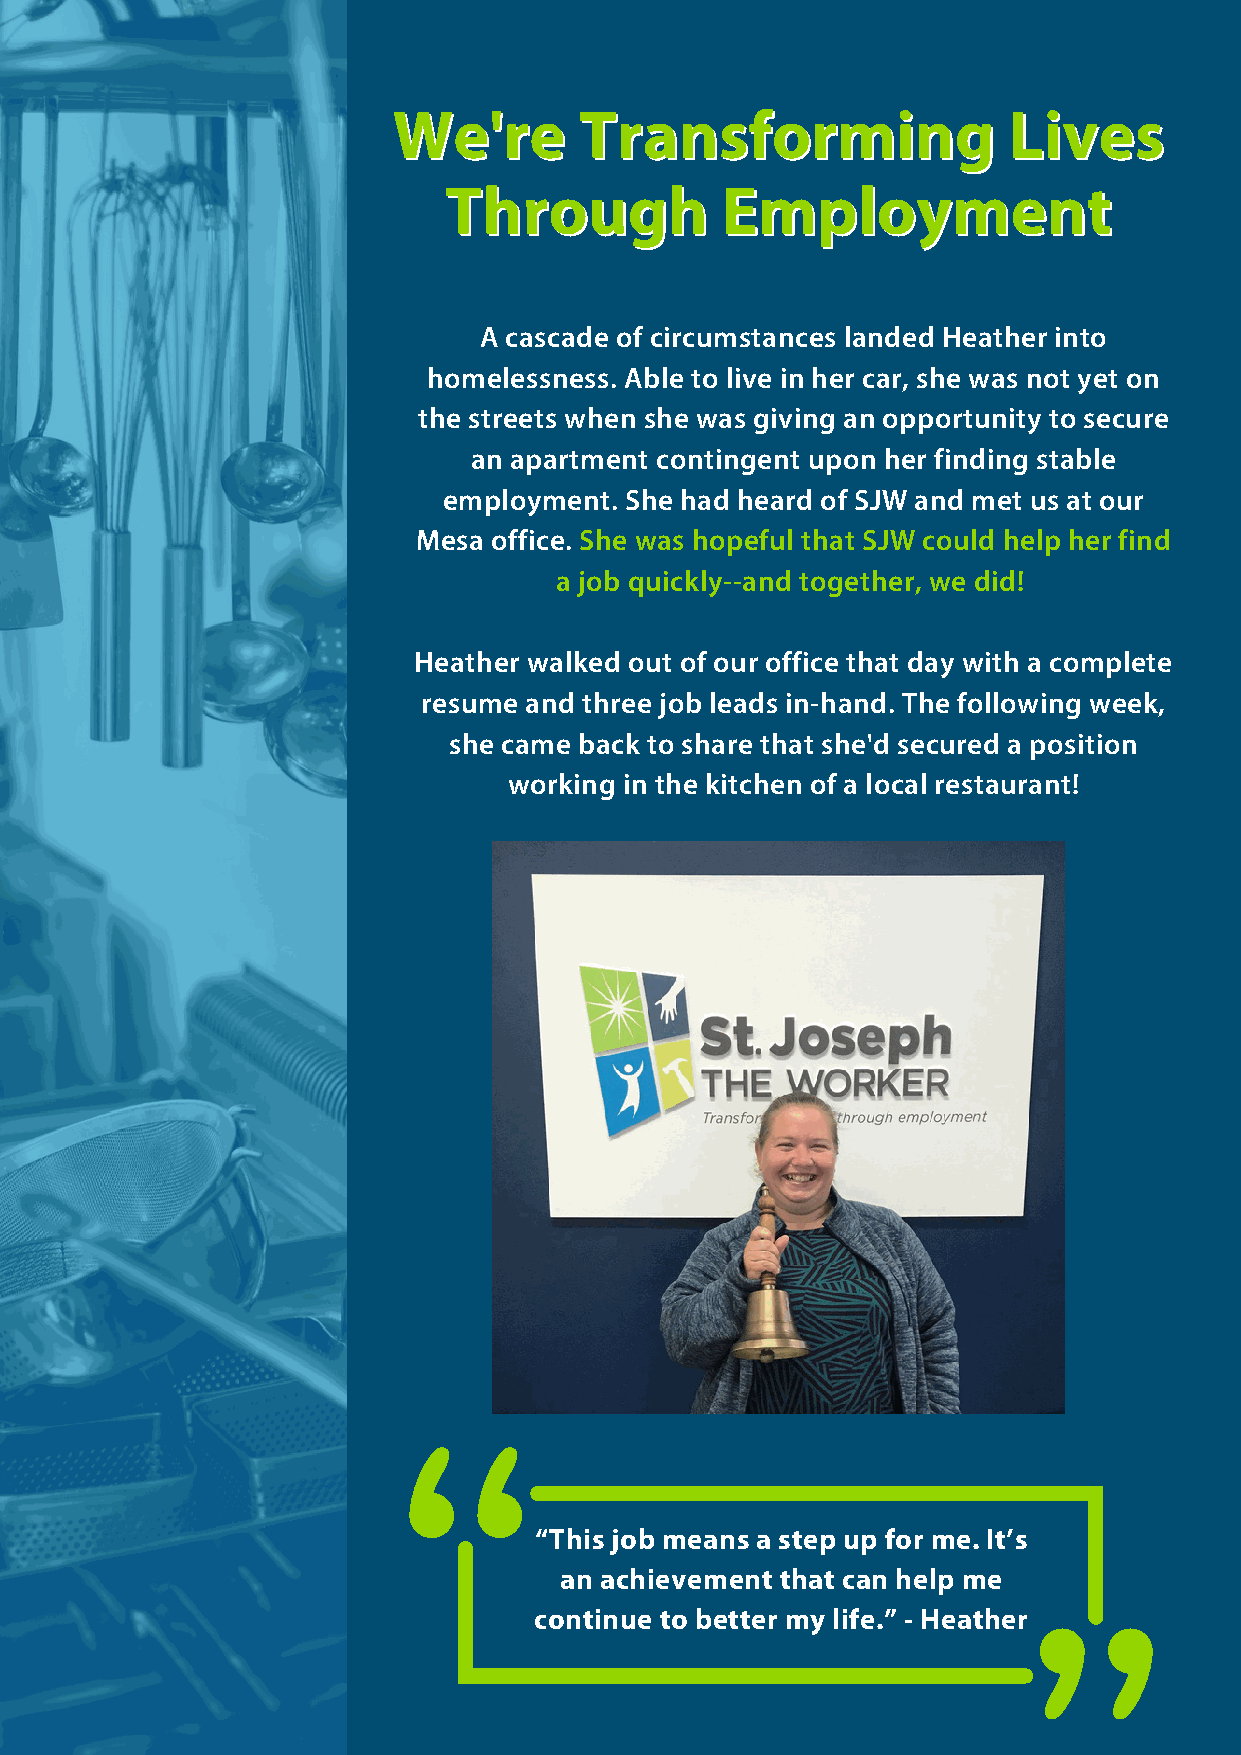
WWee''rree  TTrraannssffoorrmmiinngg     LLiivveess
 TThhrroouugghh     EEmmppllooyymmeenntt
 A cascade of circumstances landed Heather into
 homelessness. Able to live in her car, she was not yet on
 the streets when she was giving an opportunity to secure
 an apartment contingent upon her finding stable
 employment. She had heard of SJW and met us at our
 Mesa office. She was hopeful that SJW could help her find
 a job quickly--and together, we did!
 Heather walked out of our office that day with a complete
 resume and three job leads in-hand. The following week,
 she came back to share that she'd secured a position
 working in the kitchen of a local restaurant!
 “This job means a step up for me. It’s
 an achievement that can help me
 continue to better my life.” - Heather